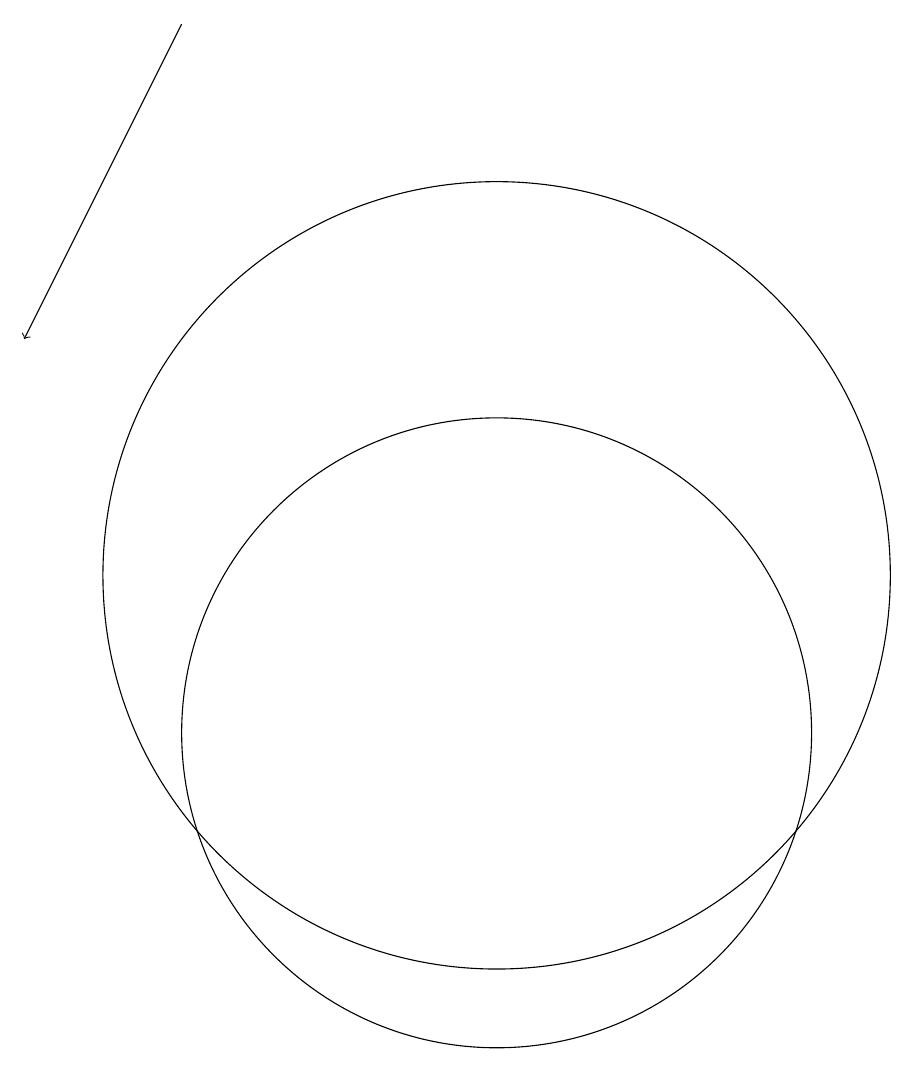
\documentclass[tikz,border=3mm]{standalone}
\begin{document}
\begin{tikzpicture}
\draw (11,10) circle (4);
\draw (11,12) circle (5);
\draw[->] (7,19) -- (5,15);
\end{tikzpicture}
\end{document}